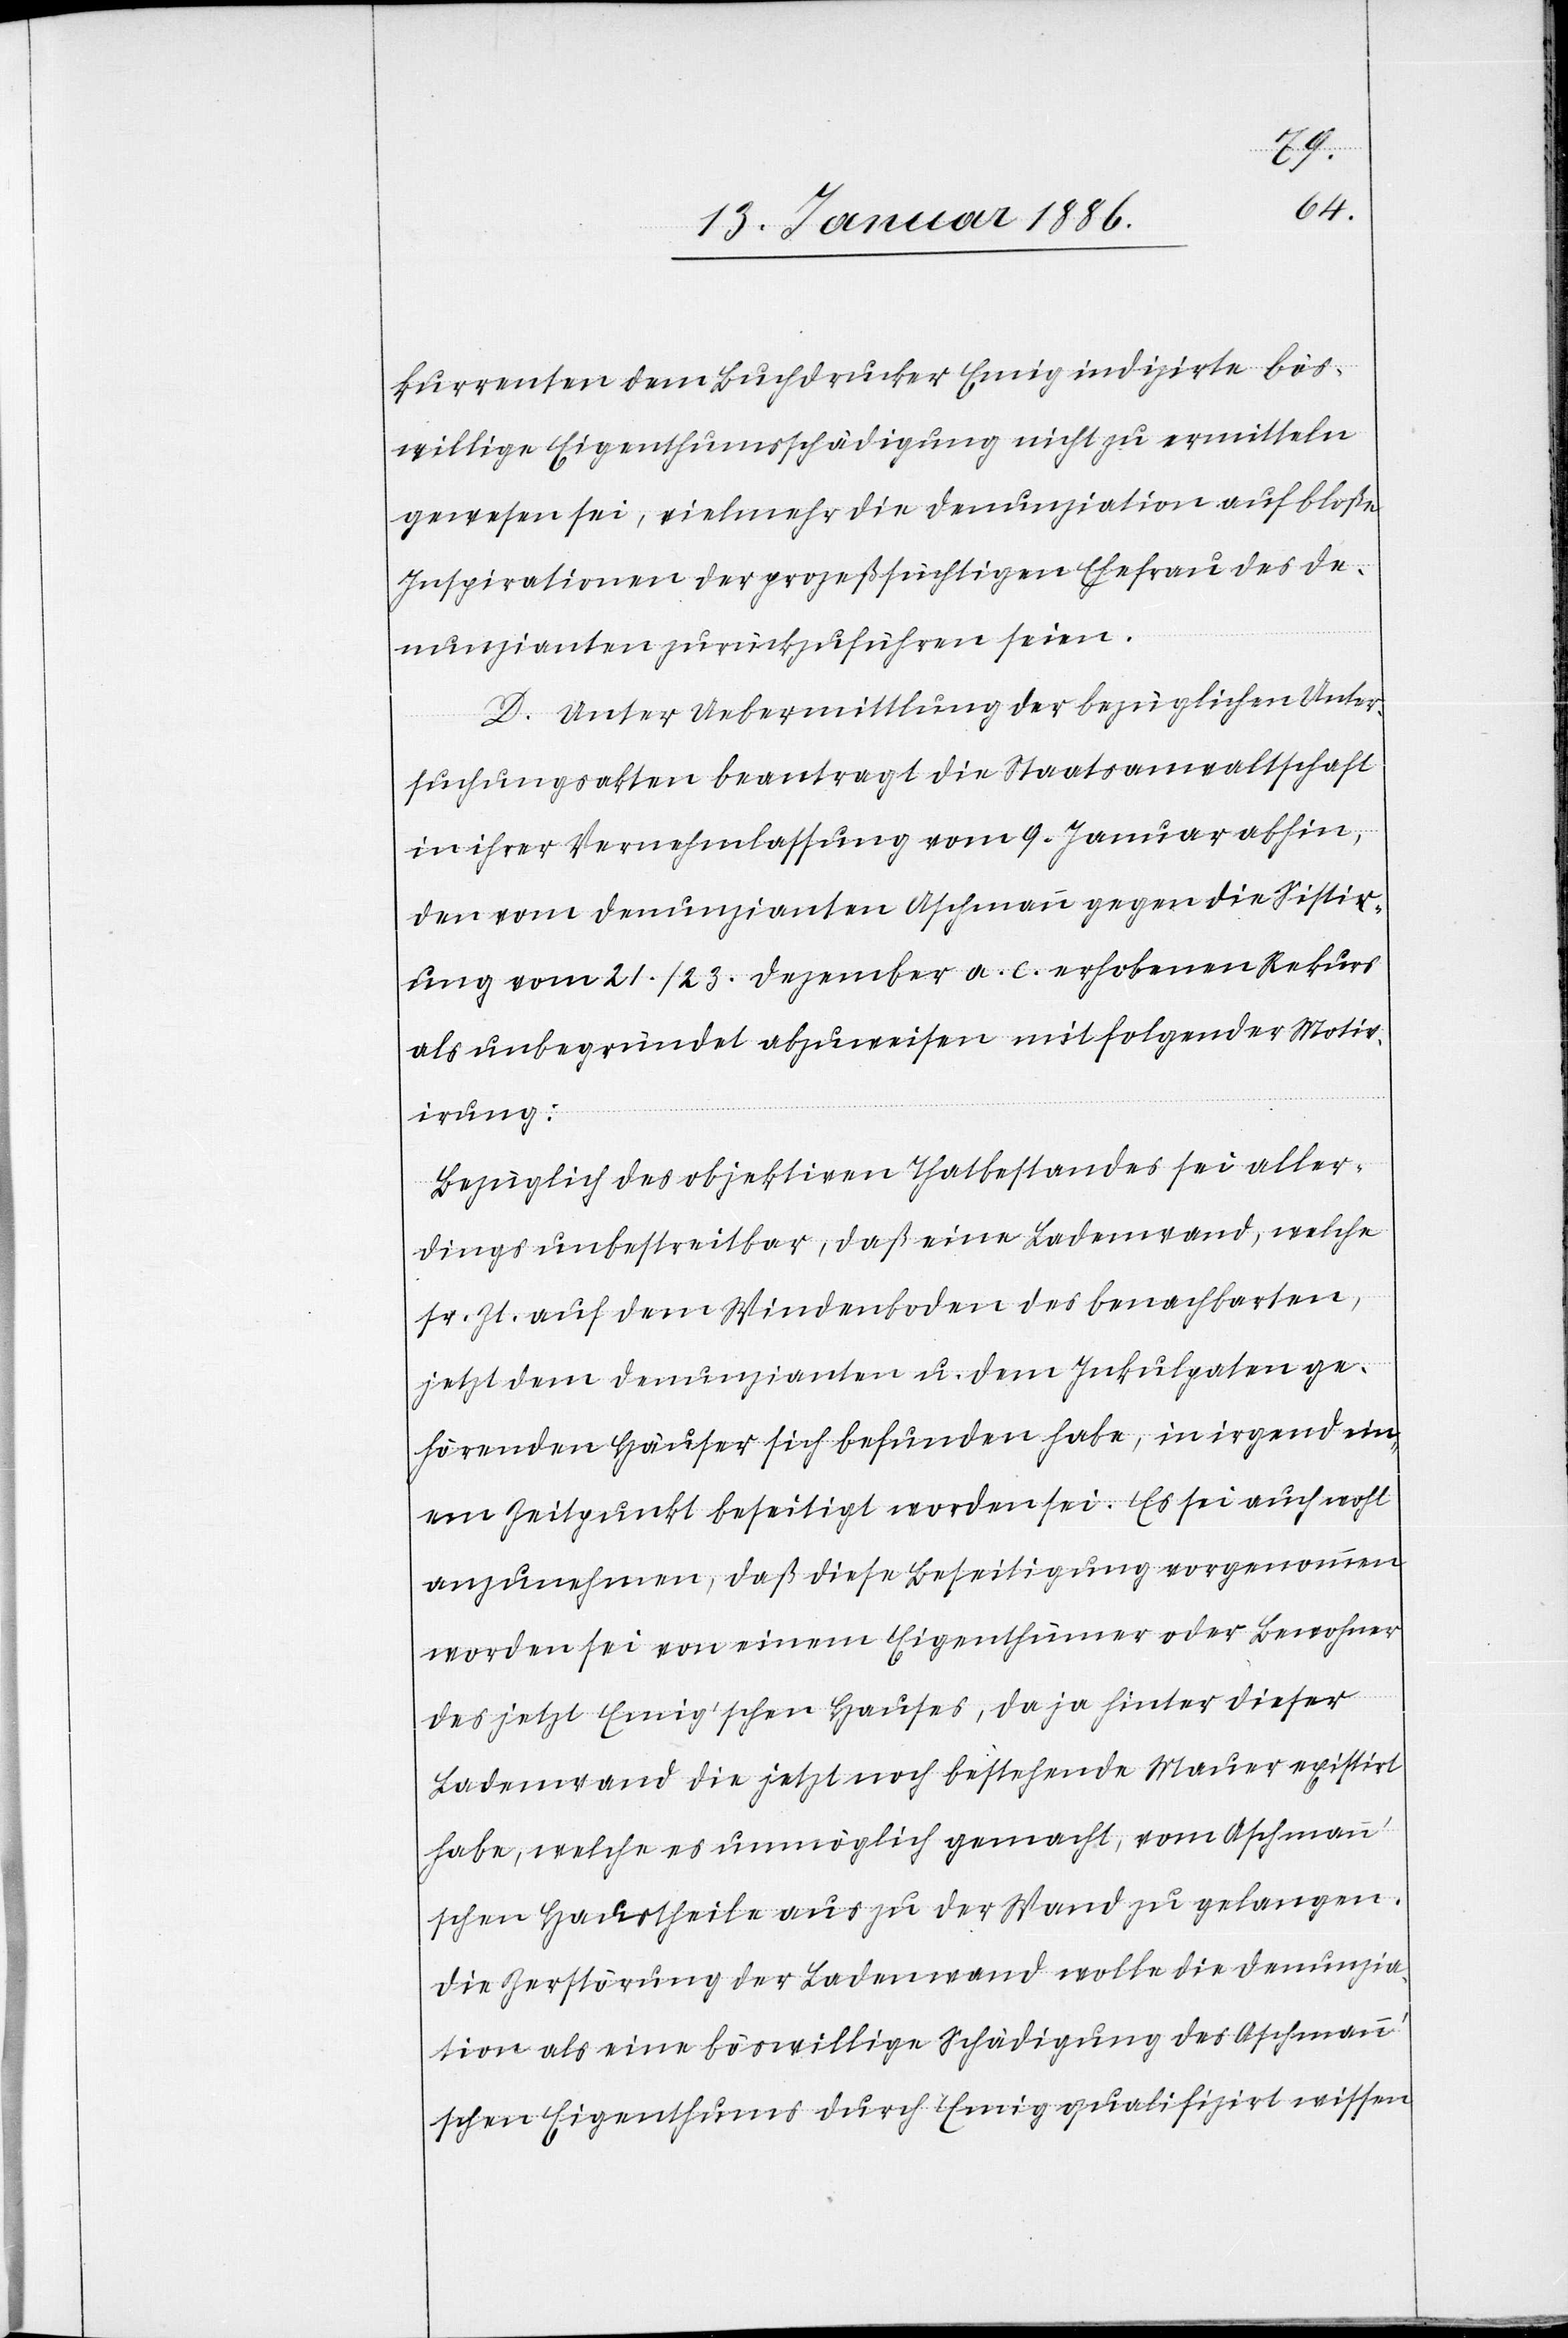
kurrenten dem Buchdrucker Emig indizirte bös¬
willige Eigenthumsschädigung nicht zu vermitteln
gewesen sei, vielmehr die Denunziation auf bloße
Inspirationen der prozeßsüchtigen Ehefrau des De¬
nunzianten zurückzuführen seien.
D. Unter Uebermittlung der bezüglichen Unter¬
suchungsakten beantragt die Staatsanwaltschaft
in ihrer Vernehmlassung vom 9. Januar abhin,
den vom Denunzianten Aschmann gegen die Sistier¬
ung vom 21./23. Dezember a. c. erhobenen Rekurs
als unbegründet abzuweisen mit folgender Motiv¬
irung:
Bezüglich des objektiven Thatbestandes sei aller¬
dings unbestreitbar, daß eine Ladenwand, welche
sr. Zt. auf dem Wiedenboden des benachbarten
jetzt dem Denunzianten u. dem Inkulpaten ge¬
hörenden Häuser sich befunden habe, in irgend ein¬
em Zeitpunkt beseitigt worden sei. Es sei auch wohl
anzunehmen, daß diese Beseitigung vorgenommen
worden sei von einem Eigenthümer oder Bewohner
des jetzt Emig’schen Hauses, da ja hinter dieser
Ladenwand die jetzt noch bestehende Mauer existirt
habe, welche es unmöglich gemacht, vom Aschman¬
n’schen Haustheilen aus zu der Wand zu gelangen.
Die Zerstörung der Ladenwand wolle die Denunzia¬
tion als eine böswillige Schädigung des Aschman¬
n’schen Eigenthumes durch Emig qualifiziert wissen